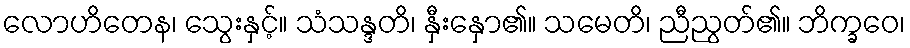
လောဟိတေန၊ သွေးနှင့်။ သံသန္ဒတိ၊ နှီးနှော၏။ သမေတိ၊ ညီညွတ်၏။ ဘိက္ခဝေ၊